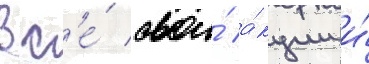
вс'е́ свои́ а́кции и́